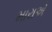
મારાએ